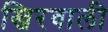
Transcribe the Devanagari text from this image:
खिरवाली